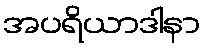
အပရိယာဒါနာ